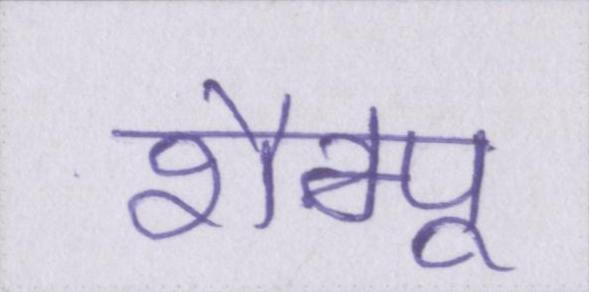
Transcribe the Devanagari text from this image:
शैम्पू